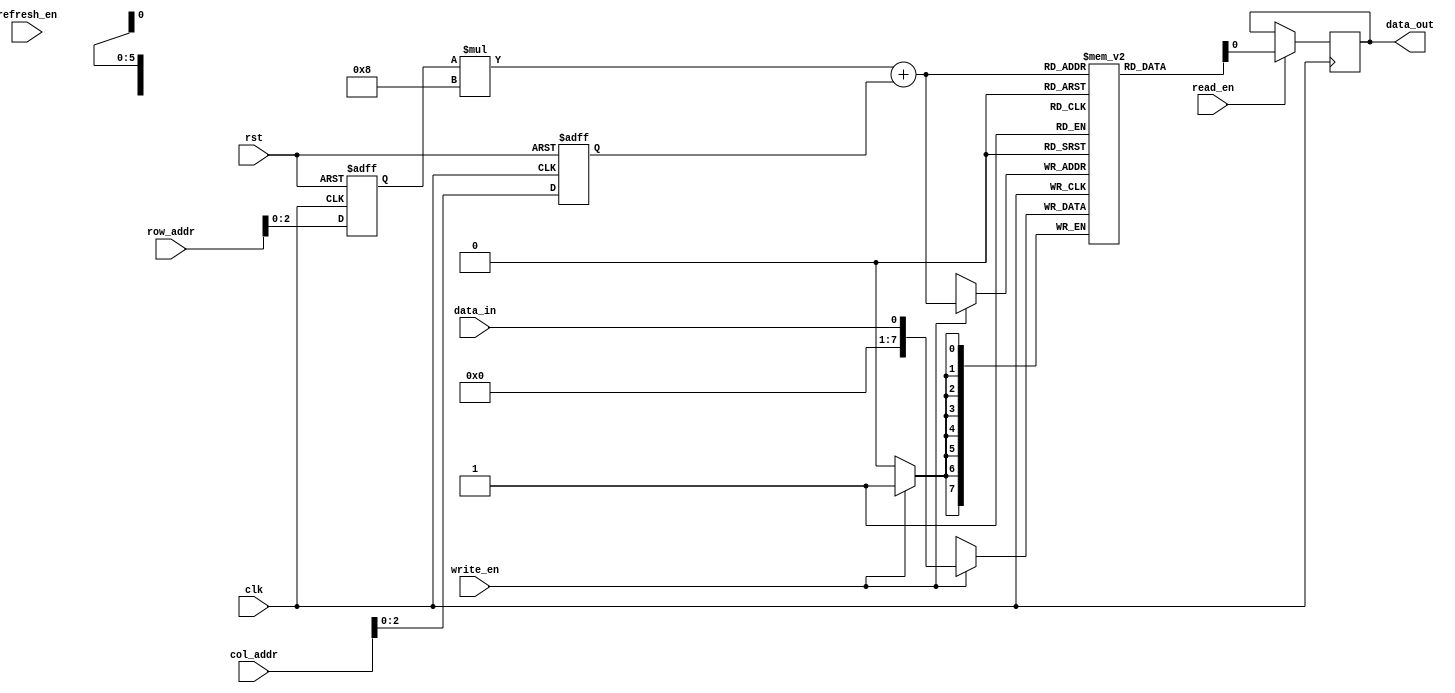
module dram (
    input wire clk,
    input wire rst,
    input wire [M-1:0] row_addr,
    input wire [N-1:0] col_addr,
    input wire read_en,
    input wire write_en,
    input wire refresh_en,
    input wire data_in,
    output reg data_out
);

// Define parameters for memory size
parameter M = 8; // Number of rows
parameter N = 8; // Number of columns

// Define memory cell array
reg [7:0] memory [M-1:0][N-1:0];

// Define row address decoder
reg [2:0] row_sel;
always @ (posedge clk or posedge rst) begin
    if (rst) begin
        row_sel <= 0;
    end else begin
        row_sel <= row_addr;
    end
end

// Define column address decoder
reg [2:0] col_sel;
always @ (posedge clk or posedge rst) begin
    if (rst) begin
        col_sel <= 0;
    end else begin
        col_sel <= col_addr;
    end
end

// Define sense amplifier to read data
always @ (posedge clk) begin
    if (read_en) begin
        data_out <= memory[row_sel][col_sel];
    end
end

// Define control logic for operations
always @ (posedge clk) begin
    if (write_en) begin
        memory[row_sel][col_sel] <= data_in;
    end
    if (refresh_en) begin
        // Perform refresh cycle operations
    end
end

endmodule